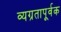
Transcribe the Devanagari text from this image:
व्यग्रतापूर्वक